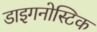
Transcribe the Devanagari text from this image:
डाइगनोस्टिक